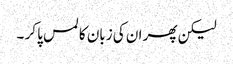
لیکن پھر ان کی زبان کا لمس پا کر ۔